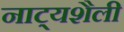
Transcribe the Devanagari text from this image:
नाट्यशैली